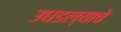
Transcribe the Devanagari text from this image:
उघडल्‍याचे